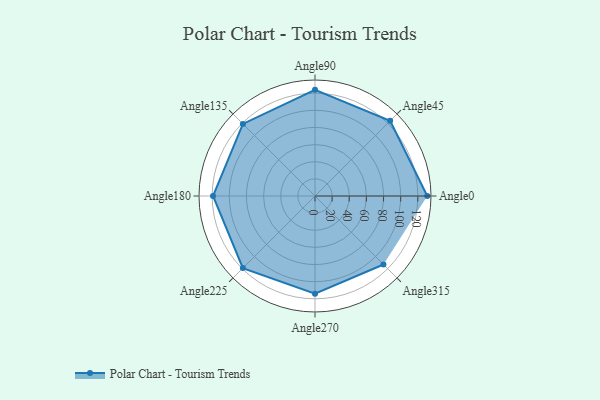
{"axis": {"x": "Angle", "y": "Radius"}, "legend": [""], "data": [{"x": "Angle0", "y": 131.0, "type": ""}, {"x": "Angle45", "y": 124.0, "type": ""}, {"x": "Angle90", "y": 124.0, "type": ""}, {"x": "Angle135", "y": 119.0, "type": ""}, {"x": "Angle180", "y": 119.0, "type": ""}, {"x": "Angle225", "y": 119.0, "type": ""}, {"x": "Angle270", "y": 114.0, "type": ""}, {"x": "Angle315", "y": 113.0, "type": ""}]}